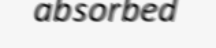
absorbed